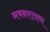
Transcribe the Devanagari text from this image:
नवनरायण